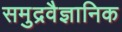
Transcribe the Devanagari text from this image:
समुद्रवैज्ञानिक